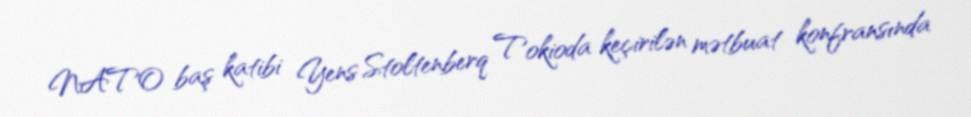
NATO baş katibi Yens Stoltenberq Tokioda keçirilən mətbuat konfransında